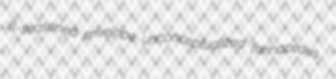
ill-seasoned envelope unconceptualized farinaceous